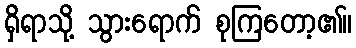
ရှိရာသို့ သွားရောက် စုကြတော့၏။